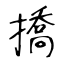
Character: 撟